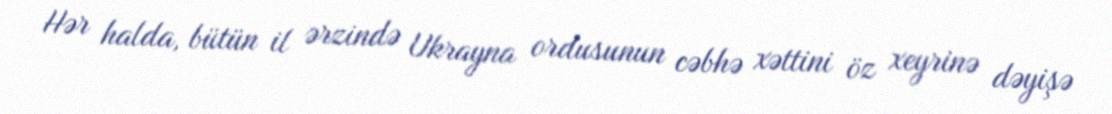
Hər halda, bütün il ərzində Ukrayna ordusunun cəbhə xəttini öz xeyrinə dəyişə